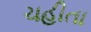
ચહીતા